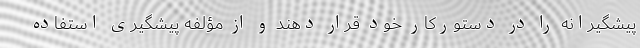
پیشگیرانه را در دستورکار خود قرار دهند و از مؤلفه پیشگیری استفاده